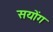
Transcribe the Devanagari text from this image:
सयोंग